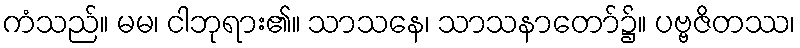
ကံသည်။ မမ၊ ငါဘုရား၏။ သာသနေ၊ သာသနာတော်၌။ ပဗ္ဗဇိတဿ၊